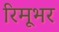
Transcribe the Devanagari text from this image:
रिमूभर